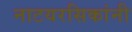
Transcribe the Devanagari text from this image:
नाटयरसिकांनी